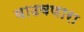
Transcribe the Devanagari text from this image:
वाढवणारा